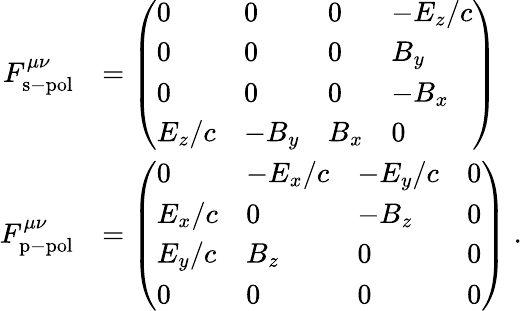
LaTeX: \begin{array}{rl}{F_{\mathrm{s-pol}}^{\mu\nu}}&{=\left(\begin{array}{llll}{0}&{0}&{0}&{-E_{z}/c}\\ {0}&{0}&{0}&{B_{y}}\\ {0}&{0}&{0}&{-B_{x}}\\ {E_{z}/c}&{-B_{y}}&{B_{x}}&{0}\end{array}\right)}\\ {F_{\mathrm{p-pol}}^{\mu\nu}}&{=\left(\begin{array}{llll}{0}&{-E_{x}/c}&{-E_{y}/c}&{0}\\ {E_{x}/c}&{0}&{-B_{z}}&{0}\\ {E_{y}/c}&{B_{z}}&{0}&{0}\\ {0}&{0}&{0}&{0}\end{array}\right)\; .}\end{array}